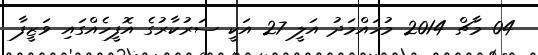
04 މާޗް 2014 މުހައްމަދު އަލީ 27 އަކީ ސަރުކާރުގެ އޮފީހެއްގައި ވަޒީފާ